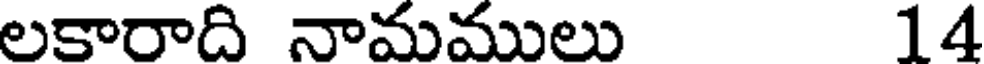
లకారాది నామములు 14